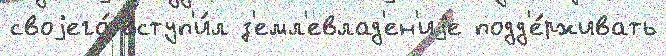
своjего́ вступ'и́л з'емл'евлад'ен'иjе подд'е́рживать